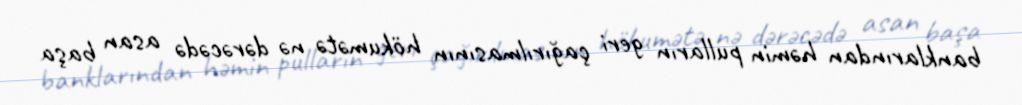
banklarından həmin pulların geri çağırılmasının hökumətə nə dərəcədə asan başa